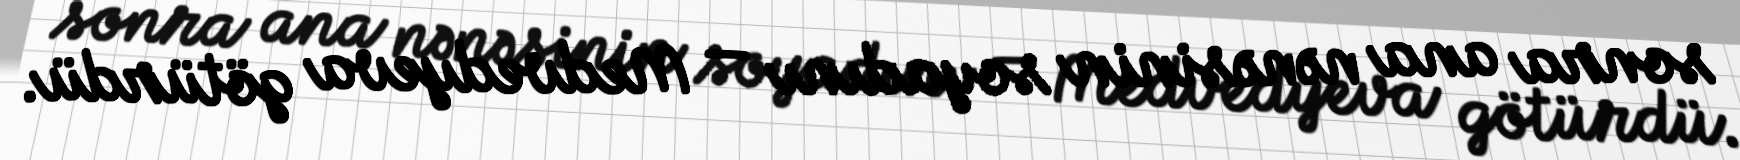
sonra ana nənəsinin soyadını — Medvedyeva götürdü.